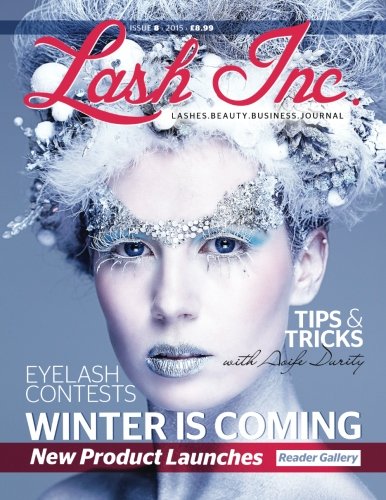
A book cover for Lash Inc - Issue 8; Lash Inc; Test Preparation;